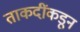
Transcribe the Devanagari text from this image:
ताकदींकडून